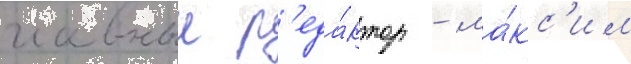
главныи р'еда́ктор - ма́кс'им